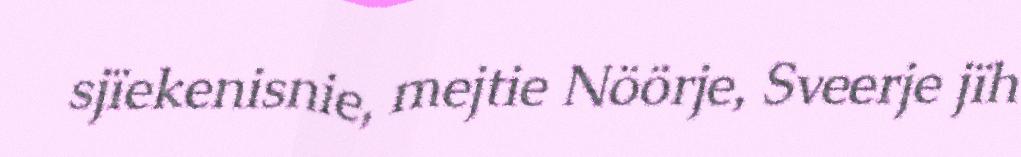
sjïekenisnie, mejtie Nöörje, Sveerje jïh